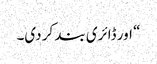
“ اور ڈائری بند کر دی۔